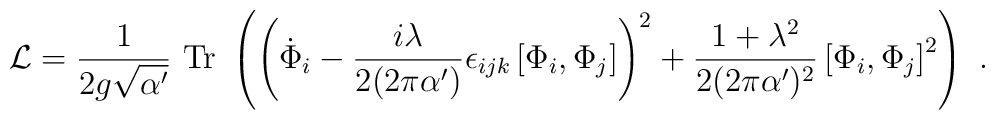
{\cal L} =  {1\over 2  g \sqrt{\alpha'}} ~{\rm Tr}~\left(\left({\dot \Phi}_i -{i \lambda\over 2(2\pi\alpha^\prime)}  \epsilon_{ijk} \left[\Phi_i,\Phi_j\right]\right)^2 +{1+\lambda^2\over 2 (2\pi\alpha')^2}\left[ \Phi_i,\Phi_j \right]^2 \right)~.